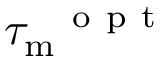
{ \tau _ { \mathrm { m } } } ^ { \mathrm { ~ o ~ p ~ t ~ } }